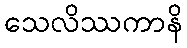
သေလိဿကာနိ